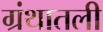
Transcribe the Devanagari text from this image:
ग्रंथातली